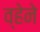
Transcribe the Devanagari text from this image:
व्हेने